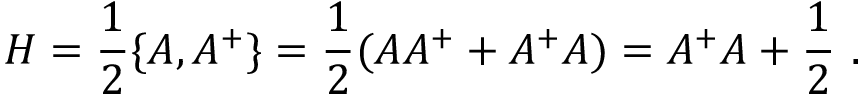
H = \frac 1 2 \{ A , A ^ { + } \} = \frac 1 2 ( A A ^ { + } + A ^ { + } A ) = A ^ { + } A + \frac 1 2 \ .